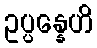
ဥပ္ပန္နေဟိ